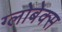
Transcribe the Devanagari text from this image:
ग्लोबेक्स